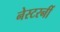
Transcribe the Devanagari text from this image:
नेस्टरनीं